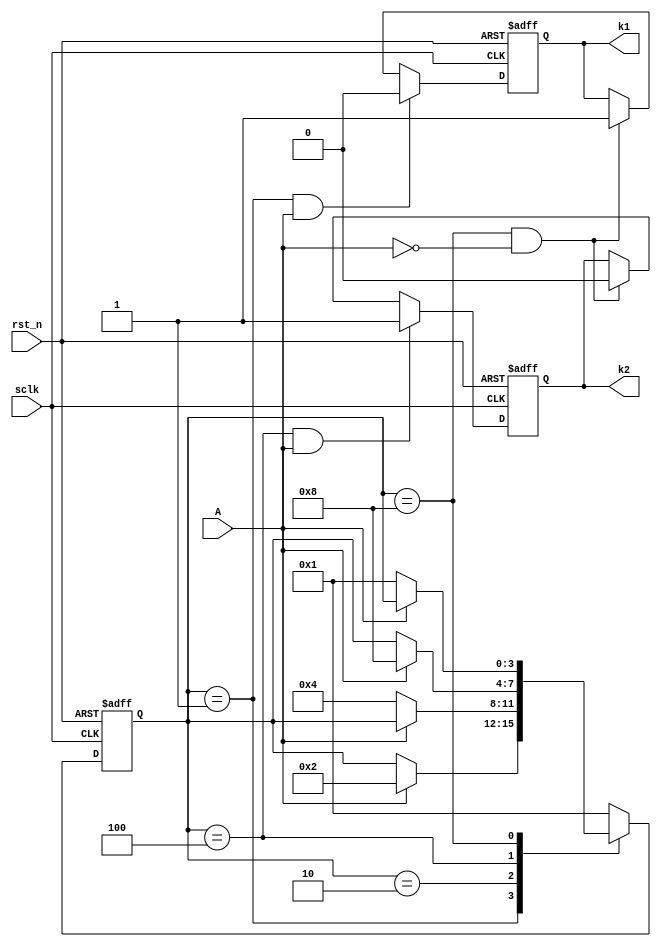
module ex_fsm(
       input wire  sclk,
	   input wire  rst_n,
	   input wire  A,
	   output reg  k1,
	   output reg  k2
);

parameter IDLE  = 4'b0001;
parameter START = 4'b0010;
parameter STOP  = 4'b0100;
parameter CLEAR = 4'b1000;

reg [3:0] state;
//reg [3:0] next_state;

always @(posedge sclk or negedge rst_n)
begin
  if(rst_n == 1'b0)
    state <= IDLE;
  else
    case(state)
	  IDLE:if(A==1'b1)
	         state <= START;
	  START:if(A==1'b0)
	         state <= STOP;	
	  STOP:if(A==1'b1)
	         state <= CLEAR;
	  CLEAR:if(A==1'b0)
	         state <= IDLE;	
      default:state <= IDLE;	 
	endcase
end


always @(posedge sclk or negedge rst_n)
begin
  if(rst_n == 1'b0)
    k1 <= 1'b0;
  else if(state==IDLE && A==1'b1)
    k1 <= 1'b0;
  else if(state==CLEAR && A==1'b0)
    k1 <= 1'b1;	
  //end	
end

always @(posedge sclk or negedge rst_n)
begin
  if(rst_n == 1'b0)
    k2 <= 1'b0;
  else if(state==STOP && A==1'b1)
    k2 <= 1'b1;
  else if(state==CLEAR && A==1'b0)
    k2 <= 1'b0;	
  //end	
end

endmodule